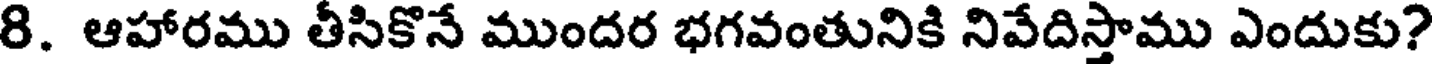
8. ఆహారము తీసికొనే ముందర భగవంతునికి నివేదిస్తాము ఎందుకు?